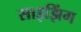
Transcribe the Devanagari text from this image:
साइझिंग